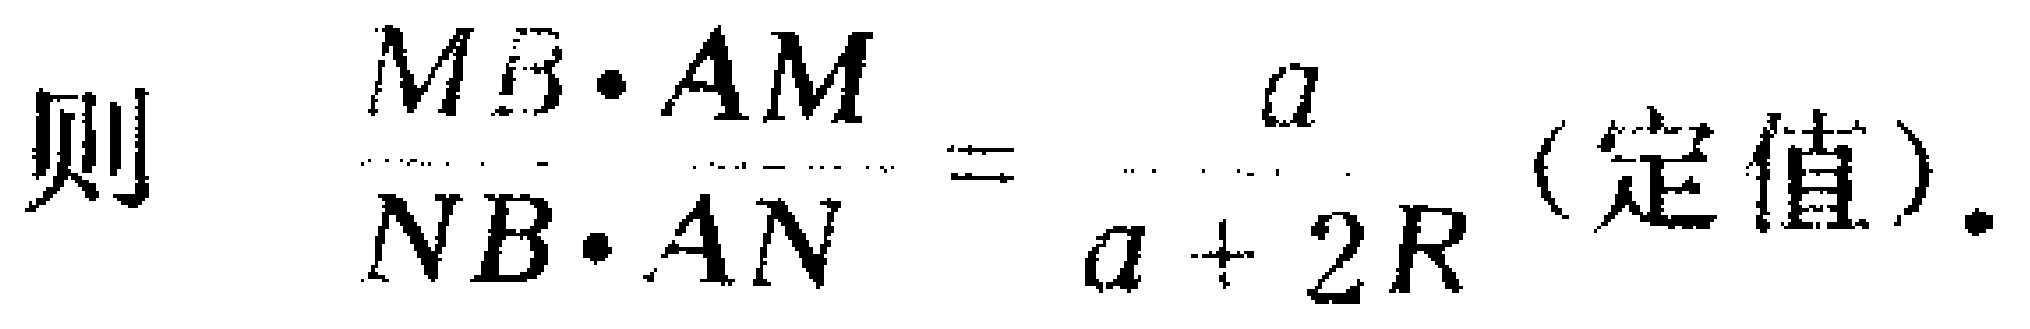
则\(\frac{MB\cdot AM}{NB\cdot AN}=\frac{a}{a + 2R}\)（定值）.